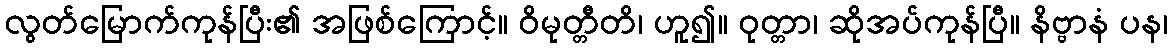
လွတ်မြောက်ကုန်ပြီး၏ အဖြစ်ကြောင့်။ ဝိမုတ္တီတိ၊ ဟူ၍။ ဝုတ္တာ၊ ဆိုအပ်ကုန်ပြီ။ နိဗ္ဗာနံ ပန၊